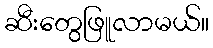
ဆီးတွေဖြူလာမယ်။